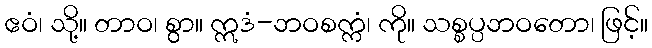
ဧဝံ၊ သို့။ တာဝ၊ စွာ။ ဣဒံ-ဘဝစက္ကံ၊ ကို။ သစ္စပ္ပဘဝတော၊ ဖြင့်။